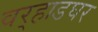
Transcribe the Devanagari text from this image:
वर्‍हाडघर